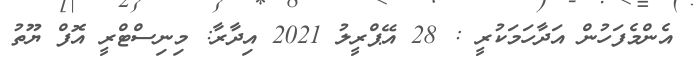
އެންމެފަހުން އަދާހަމަކުރީ : 28 އޭޕްރީލު 2021 އިދާރާ: މިނިސްޓްރީ އޮފް ޔޫތު